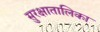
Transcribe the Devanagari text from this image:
सुरक्षातालिका